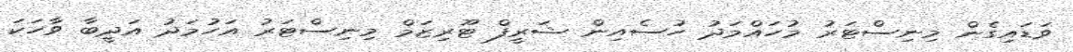
ވަޑައިގެން މިނިސްޓަރު މުހައްމަދު ހުސެއިން ޝަރީފް ޓޫރިޒަމް މިނިސްޓަރު އަހުމަދު އަދީބާ ވާހަކަ